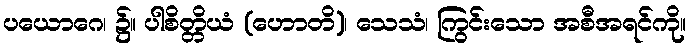
ပယောဂေ၊ ၌။ ပါစိတ္တိယံ (ဟောတိ)၊ သေသံ၊ ကြွင်းသော အစီအရင်ကို။